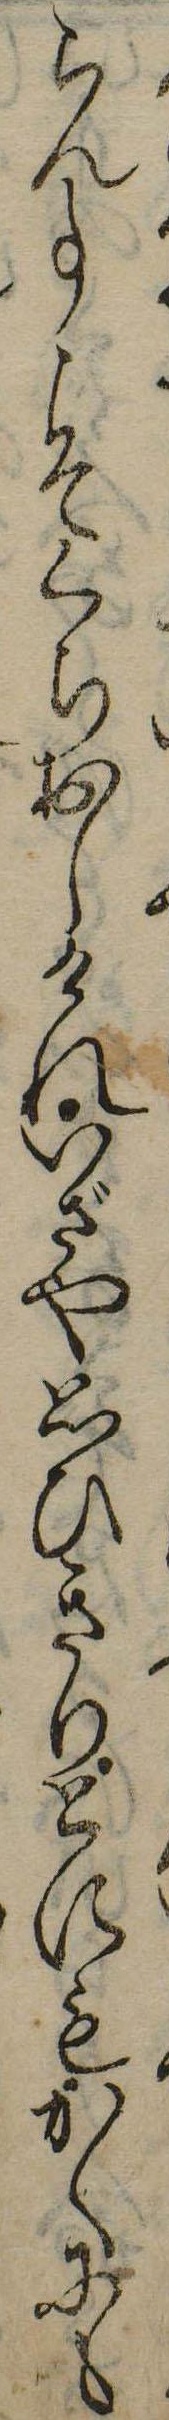
らん事こそくちおしけれいざや思ひきりとにもかくにも